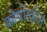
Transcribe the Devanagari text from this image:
क्रोपोत्कीन